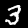
Digit: 3